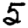
Digit: 5